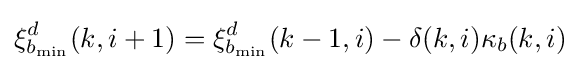
\xi _{b_{\min }}^{d}(k,i+1)=\xi _{b_{\min }}^{d}(k-1,i)-\delta (k,i)\kappa _{b}(k,i)